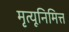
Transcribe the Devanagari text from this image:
मृत्यूनिमित्त